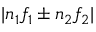
| n _ { 1 } f _ { 1 } \pm n _ { 2 } f _ { 2 } |